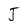
Character: J